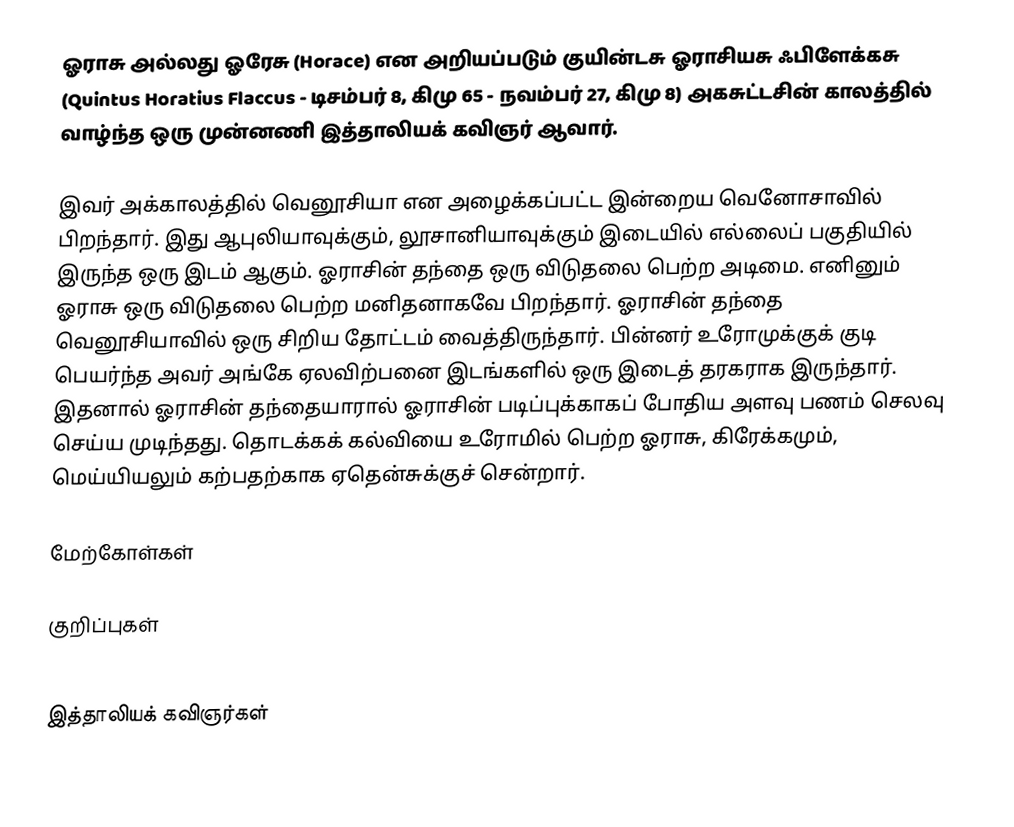
ஓராசு அல்லது ஓரேசு (Horace) என அறியப்படும் குயின்டசு ஓராசியசு ஃபிளேக்கசு (Quintus Horatius Flaccus - டிசம்பர் 8, கிமு 65 - நவம்பர் 27, கிமு 8) அகசுட்டசின் காலத்தில் வாழ்ந்த ஒரு முன்னணி இத்தாலியக் கவிஞர் ஆவார்.

இவர் அக்காலத்தில் வெனூசியா என அழைக்கப்பட்ட இன்றைய வெனோசாவில் பிறந்தார். இது ஆபுலியாவுக்கும், லூசானியாவுக்கும் இடையில் எல்லைப் பகுதியில் இருந்த ஒரு இடம் ஆகும். ஓராசின் தந்தை ஒரு விடுதலை பெற்ற அடிமை. எனினும் ஓராசு ஒரு விடுதலை பெற்ற மனிதனாகவே பிறந்தார். ஓராசின் தந்தை வெனூசியாவில் ஒரு சிறிய தோட்டம் வைத்திருந்தார். பின்னர் உரோமுக்குக் குடி பெயர்ந்த அவர் அங்கே ஏலவிற்பனை இடங்களில் ஒரு இடைத் தரகராக இருந்தார். இதனால் ஓராசின் தந்தையாரால் ஓராசின் படிப்புக்காகப் போதிய அளவு பணம் செலவு செய்ய முடிந்தது. தொடக்கக் கல்வியை உரோமில் பெற்ற ஓராசு, கிரேக்கமும், மெய்யியலும் கற்பதற்காக ஏதென்சுக்குச் சென்றார்.

மேற்கோள்கள்

குறிப்புகள்

இத்தாலியக் கவிஞர்கள்